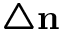
\triangle \mathbf { n }